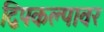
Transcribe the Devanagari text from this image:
द्विपकल्पावर